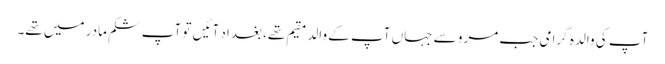
آپ کی والدہ گرامی جب مرو سے جہاں آپ کے والد مقیم تھے، بغداد آئیں تو آپ شکم مادر میں تھے۔